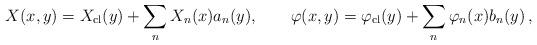
LaTeX: \begin{align*}X(x, y) = X_{\rm cl}(y)+ \sum_n X_n(x) a_n(y), \qquad \varphi(x, y) = \varphi_{\rm cl} (y) + \sum_n \varphi_n(x) b_n(y)\,,\end{align*}